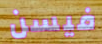
فيسن